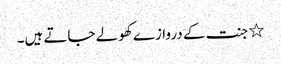
٭ جنت کے دروازے کھولے جاتے ہیں۔